Civil Veterinary Dept. North-West Frontier Province 1901-22 - 1901-1922
Year: 1901
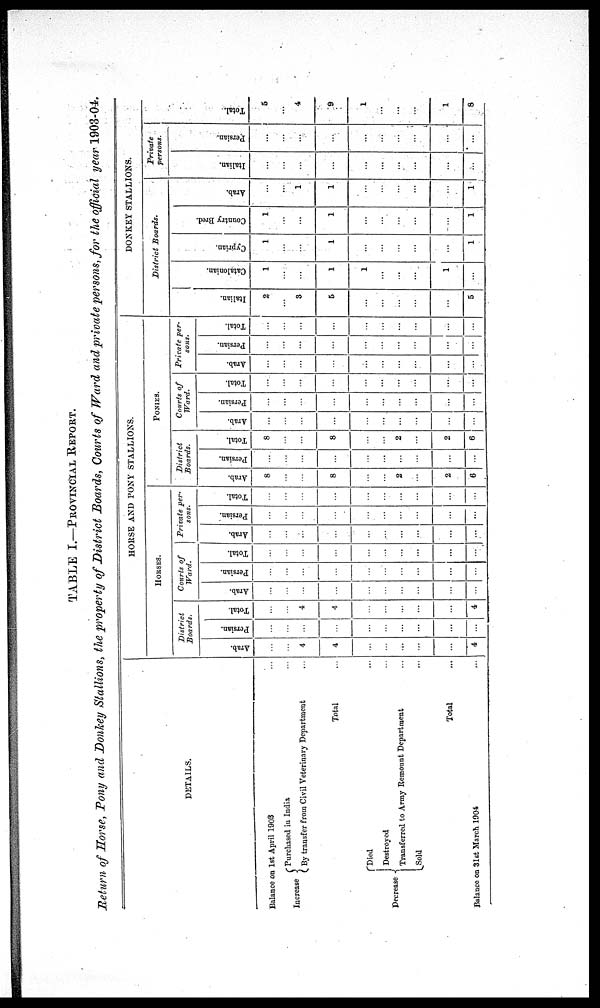
TABLE I.—PROVINCIAL REPORT.
Return of Morse, Pony and Donkey Stallions, the property of District Boards, Courts of Ward and private persons, for the official year 1903-04.
DETAILS.
Balance on 1st April 1903 ...
Increase
Purchased in India ...
By transfer from Civil Veterinary Department ...
Total ...
Decrease
Died ...
Destroyed ...
Transferred to Army Remount Department ...
Sold ...
Total ...
Balance on 31st March 1904 ...
HORSE AND PONY STALLIONS.
HORSES.
District
Hoards.
Arab.
...
...
4
4
...
...
...
...
...
4
Persian.
...
...
...
...
...
...
...
...
...
...
Total.
...
...
4
4
...
...
...
...
...
4
Courts of
Ward.
Arab.
...
...
...
...
...
...
...
...
...
...
Persian.
...
...
...
...
...
...
...
...
...
...
Total.
...
...
...
...
...
...
...
...
...
...
Private per-
sons.
Arab.
...
...
...
...
...
...
...
...
...
...
Persian.
...
...
...
...
...
...
...
...
...
...
Total.
...
...
...
...
...
...
...
...
...
...
PONIES.
District
Boards.
Arab.
8
...
...
8
...
...
2
...
2
6
Persian.
...
...
...
...
...
...
...
...
...
...
Total.
8
...
...
8
...
...
2
...
2
6
Courts of
Ward.
Arab.
...
...
...
...
...
...
...
...
...
...
Persian.
...
...
...
...
...
...
...
...
...
...
Total.
...
...
...
...
...
...
...
...
...
...
Private per-
sons.
Arab.
...
...
...
...
...
...
...
...
...
Persian.
...
...
...
...
...
...
...
...
...
...
Total.
...
...
...
...
...
...
...
...
...
...
DONKEY STALLIONS.
District
Boards.
I t al i an.
2
...
3
5
...
...
...
...
...
5
Cat al oni an.
1
...
...
1
1
...
...
...
1
...
Cypr i
an.
1
...
...
1
...
...
...
...
...
1
Count r y Br ed.
1
...
...
1
...
...
...
...
...
1
Ar ab.
...
...
1
1
...
...
...
...
...
1
Private
persons.
It al i an.
...
...
...
...
...
...
...
...
...
...
Per si an.
...
...
...
...
...
...
...
...
...
...
Tot al .
5
4
9
1
...
...
...
1
8